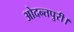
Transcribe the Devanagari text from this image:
ओदन्तपुरी।